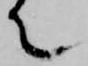
て